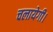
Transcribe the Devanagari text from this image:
चलायेगी।